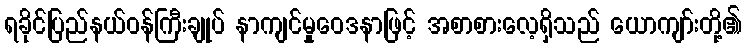
ရခိုင်ပြည်နယ်ဝန်ကြီးချုပ် နာကျင်မှုဝေဒနာဖြင့် အစာစားလေ့ရှိသည် ယောကျာ်းတို့၏